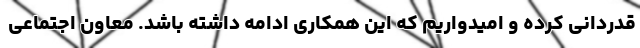
قدردانی کرده و امیدواریم که این همکاری ادامه داشته باشد. معاون اجتماعی